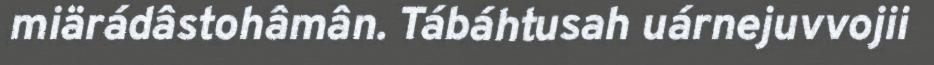
miärádâstohâmân. Tábáhtusah uárnejuvvojii